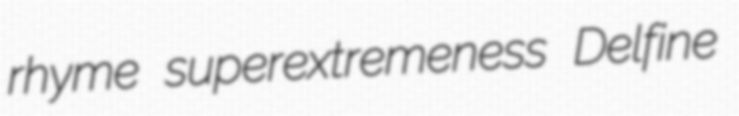
rhyme superextremeness Delfine